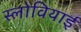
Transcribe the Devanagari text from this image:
स्लोवियाई